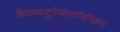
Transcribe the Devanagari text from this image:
डेक्सट्रोमेथॉर्थफन